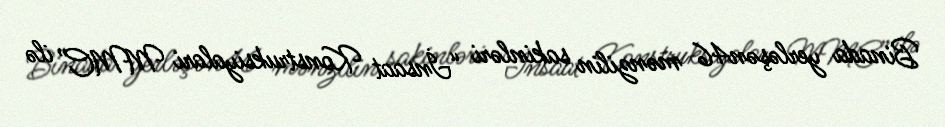
Binada yerləşən46 mənzilin sakinləri “İnsaat Konstruksiyalari MMC” ilə